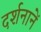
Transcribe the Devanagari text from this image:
दर्शनानें